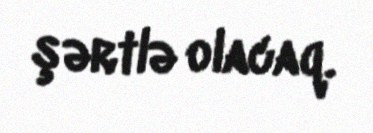
şərtlə olacaq.